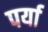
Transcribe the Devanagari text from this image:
पर्या